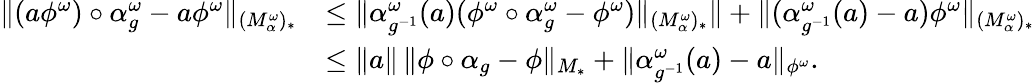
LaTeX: \begin{array}{rl}{\| (a\phi^{\omega})\circ\alpha_{g}^{\omega}-a\phi^{\omega}\| _{(M_{\alpha}^{\omega})_{*}}}&{\leq\| \alpha_{g^{-1}}^{\omega}(a)(\phi^{\omega}\circ\alpha_{g}^{\omega}-\phi^{\omega})\| _{(M_{\alpha}^{\omega})_{*}}\| +\| (\alpha_{g^{-1}}^{\omega}(a)-a)\phi^{\omega}\| _{(M_{\alpha}^{\omega})_{*}}}\\ &{\leq\| a\| \, \| \phi\circ\alpha_{g}-\phi\| _{M_{*}}+\| \alpha_{g^{-1}}^{\omega}(a)-a\| _{\phi^{\omega}}.}\end{array}